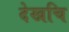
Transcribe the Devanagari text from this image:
देखचि